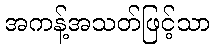
အကန့်အသတ်ဖြင့်သာ